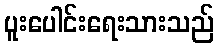
ပူးပေါင်းရေးသားသည်